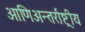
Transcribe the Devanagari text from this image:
आणिअन्तर्राष्ट्रीय